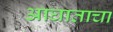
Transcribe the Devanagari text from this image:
आघाताचा